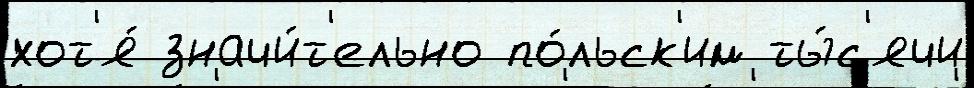
хот'я́ значи́т'ельно по́льск'им ты́с'ячи